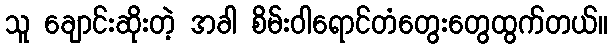
သူ ချောင်းဆိုးတဲ့ အခါ စိမ်းဝါရောင်တံတွေးတွေထွက်တယ်။